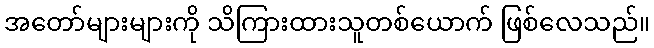
အတော်များများကို သိကြားထားသူတစ်ယောက် ဖြစ်လေသည်။